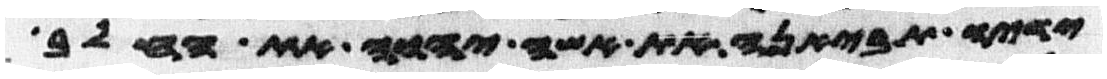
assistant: ידיו תביאנה את אשי יהוה את החלב